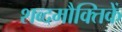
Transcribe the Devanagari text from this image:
शब्दमौक्तिकें